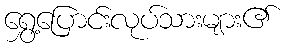
ရွှေ့ပြောင်းလုပ်သားများ၏